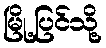
မြို့ပြင်သို့